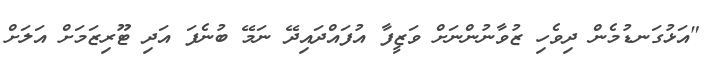
"އަޅުގަނޑުމެން ދިވެހި ޒުވާނުންނަށް ވަޒީފާ އުފައްދައިދޭ ނަމޭ ބުނެފަ އަދި ޓޫރިޒަމަށް އަލަށް